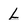
Character: L